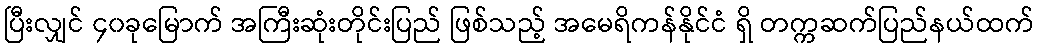
ပြီးလျှင် ၄၀ခုမြောက် အကြီးဆုံးတိုင်းပြည် ဖြစ်သည့် အမေရိကန်နိုင်ငံ ရှိ တက္ကဆက်ပြည်နယ်ထက်